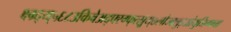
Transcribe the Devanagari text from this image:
क्ष्ग्र्द्य्५६८उकिवेअद्फ्स्ग्फ्त्स्र्रुय्७लोज्क्लुइओयुजिग्फ्च्क्ष